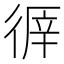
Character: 𢔭